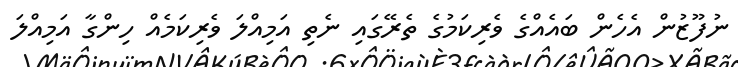
ނުފޫޒުން އެހެން ބައެއްގެ ވެރިކަމުގެ ތެރޭގައި ނެތި އަމިއްލަ ވެރިކަމެއް ހިންގާ އަމިއްލަ